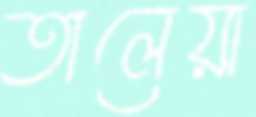
তালেয়া